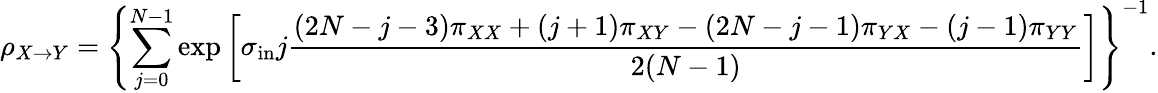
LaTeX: \rho_{X\to Y}=\left\{ \sum_{j=0}^{N-1}\exp\left[\sigma_{\mathrm{in}}j\frac{(2N-j-3)\pi_{XX}+(j+1)\pi_{XY}-(2N-j-1)\pi_{YX}-(j-1)\pi_{YY}}{2(N-1)}\right]\right\} ^{-1}.